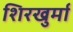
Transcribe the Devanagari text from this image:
शिरखुर्मा